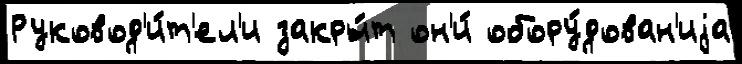
Руковод'и́т'ел'и закры́т он'и́ обору́дован'иjа